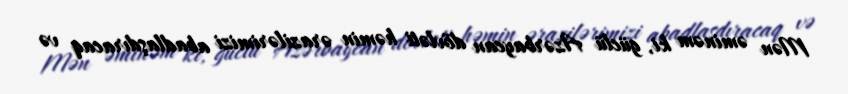
Mən əminəm ki, güclü Azərbaycan dövləti həmin ərazilərimizi abadlaşdıracaq və